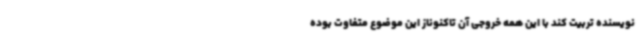
نویسنده تربیت کند با این همه خروجی آن تاکنوناز این موضوع متفاوت بوده